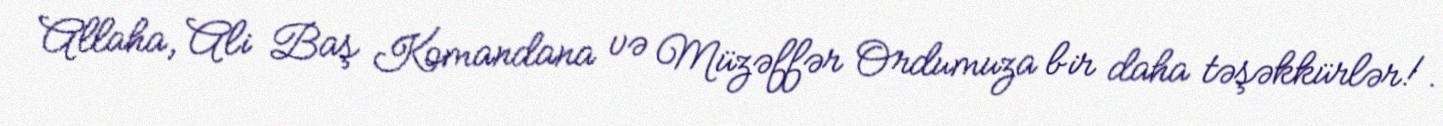
Allaha, Ali Baş Komandana və Müzəffər Ordumuza bir daha təşəkkürlər!.